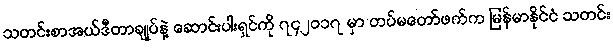
သတင်းစာအယ်ဒီတာချုပ်နဲ့ ဆောင်းပါးရှင်ကို ၇၄၂ဝ၁၇ မှာ တပ်မတော်ဖက်က မြန်မာနိုင်ငံ သတင်း